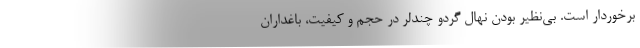
برخوردار است. بی‌نظیر بودن نهال گردو چندلر در حجم و کیفیت، باغداران